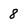
Character: 8